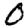
Digit: 0